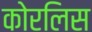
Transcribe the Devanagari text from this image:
कोरलिस